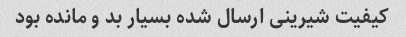
کیفیت شیرینی ارسال شده بسیار بد و مانده بود